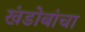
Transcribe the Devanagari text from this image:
खंडोबांचा